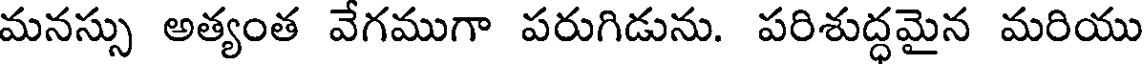
మనస్సు అత్యంత వేగముగా పరుగిడును. పరిశుద్ధమైన మరియు